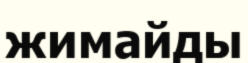
жимайды